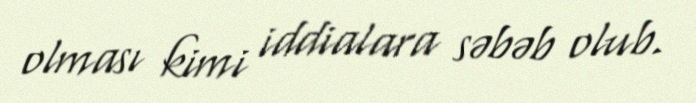
olması kimi iddialara səbəb olub.